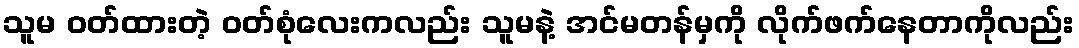
သူမ ဝတ်ထားတဲ့ ဝတ်စုံလေးကလည်း သူမနဲ့ အင်မတန်မှကို လိုက်ဖက်နေတာကိုလည်း